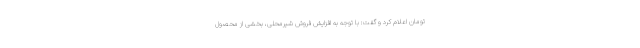
تومان اعلام کرد و گفت: با توجه به افزایش فروش شیرمحلی، بخشی از محصول